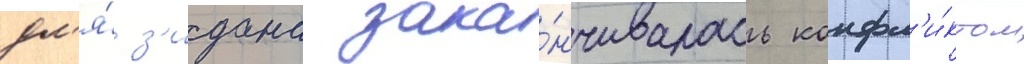
дл'я́ з'идана зака́нчивалась конфл'и́ктом